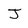
Character: J